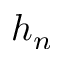
h _ { n }